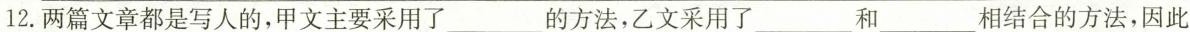
12.两篇文章都是写人的，甲文主要采用了___的方法，乙文采用了___和___相结合的方法，因此